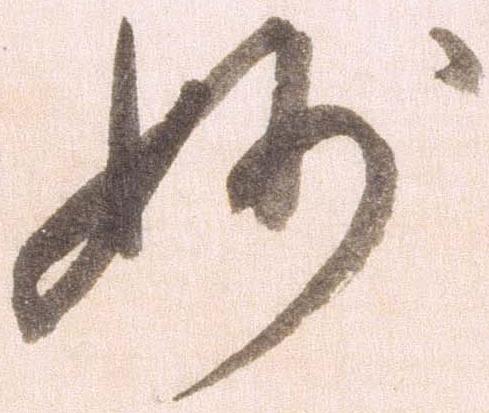
妙